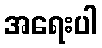
အရေးပါ